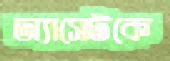
অ্যাসেটকে